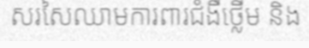
សរសៃឈាមការពារជំងឺថ្លើម និង